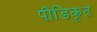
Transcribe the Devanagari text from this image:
पीडिकृत